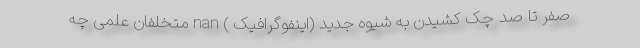
صفر تا صد چک کشیدن به شیوه جدید (اینفوگرافیک ) nan متخلفان علمی چه